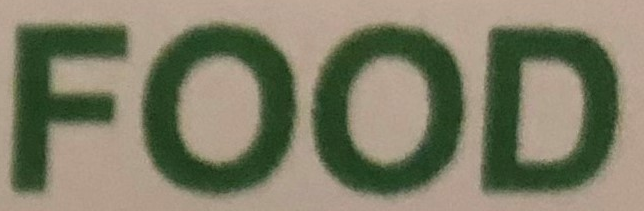
FOOD